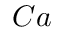
C a